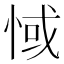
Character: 惐